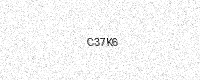
Text: C37K6